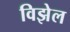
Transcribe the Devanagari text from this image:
विझेल